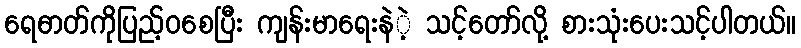
ရေဓာတ်ကိုပြည့်ဝစေပြီး ကျန်းမာရေးနဲဲ့ သင့်တော်လို့ စားသုံးပေးသင့်ပါတယ်။